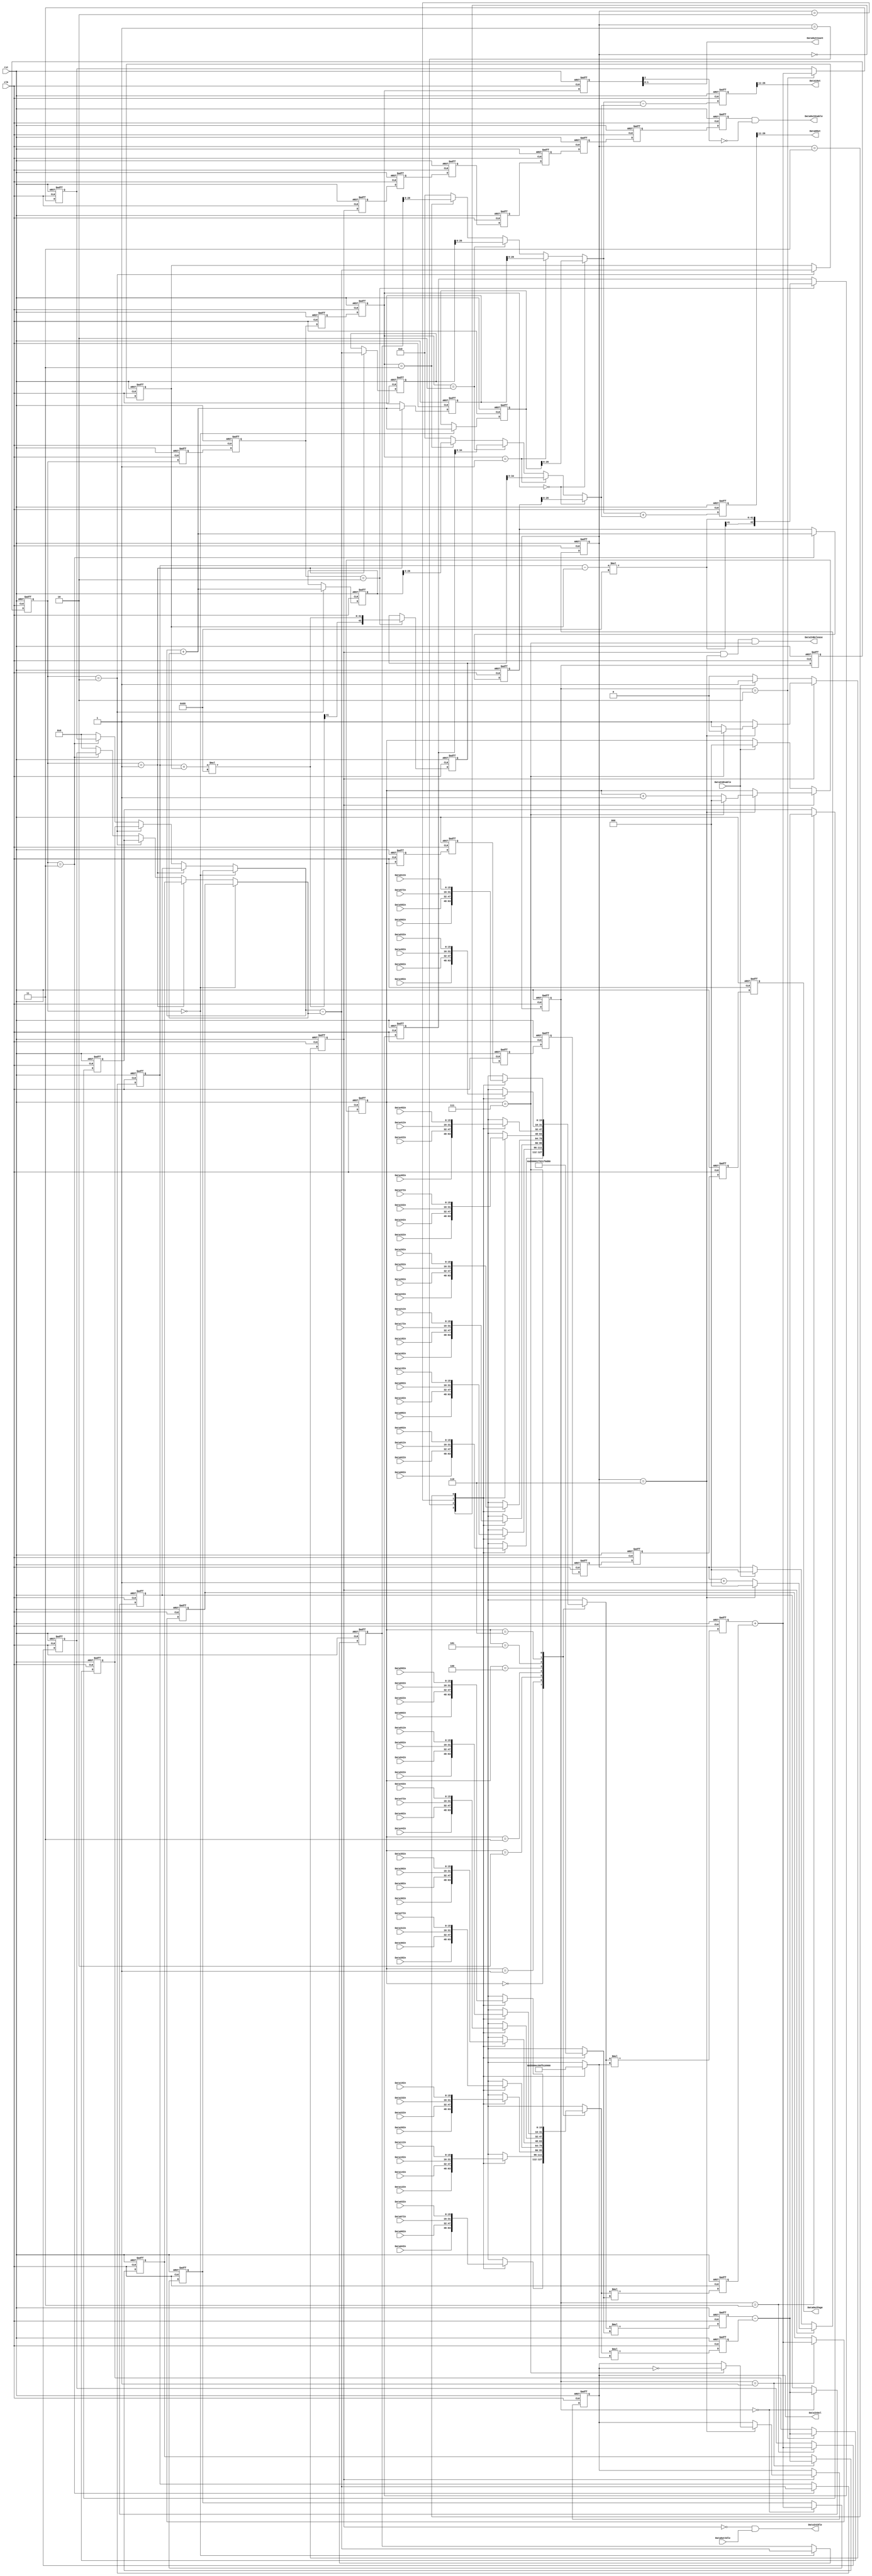
//---------------------------------------------------------------------------
// Module Name : jpeg_idctx
// Description : iDCT-X
// Project     : JPEG Decoder
// Belong to   : 
// HomePage    : http://www.sweetcafe.jp/
// Rev.        : 1.1
//---------------------------------------------------------------------------
// Rev. Date       Description
//---------------------------------------------------------------------------
// 1.01 2006/09/01 1st Release
//---------------------------------------------------------------------------
// $Id: 
//---------------------------------------------------------------------------
`timescale 1ps / 1ps

module jpeg_idctx
  (
   rst,
   clk,

   DataInEnable,
   DataInSel,
   Data00In,
   Data01In,
   Data02In,
   Data03In,
   Data04In,
   Data05In,
   Data06In,
   Data07In,
   Data08In,
   Data09In,
   Data10In,
   Data11In,
   Data12In,
   Data13In,
   Data14In,
   Data15In,
   Data16In,
   Data17In,
   Data18In,
   Data19In,
   Data20In,
   Data21In,
   Data22In,
   Data23In,
   Data24In,
   Data25In,
   Data26In,
   Data27In,
   Data28In,
   Data29In,
   Data30In,
   Data31In,
   Data32In,
   Data33In,
   Data34In,
   Data35In,
   Data36In,
   Data37In,
   Data38In,
   Data39In,
   Data40In,
   Data41In,
   Data42In,
   Data43In,
   Data44In,
   Data45In,
   Data46In,
   Data47In,
   Data48In,
   Data49In,
   Data50In,
   Data51In,
   Data52In,
   Data53In,
   Data54In,
   Data55In,
   Data56In,
   Data57In,
   Data58In,
   Data59In,
   Data60In,
   Data61In,
   Data62In,
   Data63In,
   DataInIdle,
   DataInRelease,

   DataOutIdle,
   DataOutEnable,
   DataOutPage,
   DataOutCount,
   Data0Out,
   Data1Out
   );

   input clk;
   input rst;

   input DataInEnable;
   output DataInSel;
   input [15:0] Data00In;
   input [15:0] Data01In;
   input [15:0] Data02In;
   input [15:0] Data03In;
   input [15:0] Data04In;
   input [15:0] Data05In;
   input [15:0] Data06In;
   input [15:0] Data07In;
   input [15:0] Data08In;
   input [15:0] Data09In;
   input [15:0] Data10In;
   input [15:0] Data11In;
   input [15:0] Data12In;
   input [15:0] Data13In;
   input [15:0] Data14In;
   input [15:0] Data15In;
   input [15:0] Data16In;
   input [15:0] Data17In;
   input [15:0] Data18In;
   input [15:0] Data19In;
   input [15:0] Data20In;
   input [15:0] Data21In;
   input [15:0] Data22In;
   input [15:0] Data23In;
   input [15:0] Data24In;
   input [15:0] Data25In;
   input [15:0] Data26In;
   input [15:0] Data27In;
   input [15:0] Data28In;
   input [15:0] Data29In;
   input [15:0] Data30In;
   input [15:0] Data31In;
   input [15:0] Data32In;
   input [15:0] Data33In;
   input [15:0] Data34In;
   input [15:0] Data35In;
   input [15:0] Data36In;
   input [15:0] Data37In;
   input [15:0] Data38In;
   input [15:0] Data39In;
   input [15:0] Data40In;
   input [15:0] Data41In;
   input [15:0] Data42In;
   input [15:0] Data43In;
   input [15:0] Data44In;
   input [15:0] Data45In;
   input [15:0] Data46In;
   input [15:0] Data47In;
   input [15:0] Data48In;
   input [15:0] Data49In;
   input [15:0] Data50In;
   input [15:0] Data51In;
   input [15:0] Data52In;
   input [15:0] Data53In;
   input [15:0] Data54In;
   input [15:0] Data55In;
   input [15:0] Data56In;
   input [15:0] Data57In;
   input [15:0] Data58In;
   input [15:0] Data59In;
   input [15:0] Data60In;
   input [15:0] Data61In;
   input [15:0] Data62In;
   input [15:0] Data63In;
   output       DataInIdle;
   output       DataInRelease;

   input        DataOutIdle;
   output        DataOutEnable;
   output [2:0]  DataOutPage;
   output [1:0]  DataOutCount;
   output [15:0] Data0Out;
   output [15:0] Data1Out;
   
   //-------------------------------------------------------------------------
   // Phase1
   //-------------------------------------------------------------------------
   reg           Phase1Enable;
   reg [2:0]     Phase1Page;
   reg [2:0]     Phase1Count;
   //reg           Phase1EnableD;
   //reg [2:0]     Phase1PageD;
   //reg [2:0]     Phase1CountD;
   reg           DataInBank;
   
   always @(posedge clk or negedge rst) begin
      if(!rst) begin
         Phase1Enable  <= 1'b0;
         Phase1Page    <= 3'd0;
         Phase1Count   <= 3'd0;
         //Phase1EnableD <= 1'b0;
         //Phase1PageD   <= 3'd0;
         //Phase1CountD  <= 3'd0;
         DataInBank    <= 1'b0;
      end else begin
         if(Phase1Enable == 1'b0) begin
            if(DataInEnable == 1'b1) begin
               Phase1Enable <= 1'b1;
               Phase1Page   <= 3'd0;
               Phase1Count  <= 3'd0;
            end
         end else begin
            if(Phase1Count == 3'd6) begin
               if(Phase1Page == 3'd7) begin
                  Phase1Enable <= 1'b0;
                  Phase1Page   <= 3'd0;
                  DataInBank   <= ~DataInBank;
               end else begin
                  Phase1Page   <= Phase1Page + 3'd1;
               end
               Phase1Count <= 3'd0;
            end else begin
               Phase1Count <= Phase1Count + 3'd1;
            end // else: !if(Phase1Count == 3'd6)
         end // else: !if(Phase1Enable == 1'b0)
         //Phase1EnableD <= Phase1Enable;
         //Phase1PageD   <= Phase1Page;
         //Phase1CountD  <= Phase1Count;
      end // else: !if(!rst)
   end // always @ (posedge clk or negedge rst)

   assign DataInSel  = DataInBank;
   assign DataInIdle = Phase1Enable == 1'b0 & DataOutIdle == 1'b1;
   assign DataInRelease = Phase1Enable == 1'b1 & Phase1Count == 3'd6 & Phase1Page == 3'd7;
   
   wire signed [15:0]    Phase1R0w;
   wire signed [15:0]    Phase1R1w;
   wire signed [15:0]    Phase1C0w;
   wire signed [15:0]    Phase1C1w;
   wire signed [15:0]    Phase1C2w;
   wire signed [15:0]    Phase1C3w;

/*
   always @(*) begin
      case(Phase1Page)
        3'd0:begin
           case(Phase1Count)
             3'd0: begin
                Phase1R0w <= Data00In;
                Phase1R1w <= Data04In;
             end
             3'd1: begin
                Phase1R0w <= Data02In;
                Phase1R1w <= Data06In;
             end
             3'd2: begin
                Phase1R0w <= Data01In;
                Phase1R1w <= Data07In;
             end
             3'd3: begin
                Phase1R0w <= Data05In;
                Phase1R1w <= Data03In;
             end
           endcase // case(Phase1Count)
        end // case: 3'd0
        3'd1:begin
           case(Phase1Count)
             3'd0: begin
                Phase1R0w <= Data08In;
                Phase1R1w <= Data12In;
             end
             3'd1: begin
                Phase1R0w <= Data10In;
                Phase1R1w <= Data14In;
             end
             3'd2: begin
                Phase1R0w <= Data09In;
                Phase1R1w <= Data15In;
             end
             3'd3: begin
                Phase1R0w <= Data13In;
                Phase1R1w <= Data11In;
             end
           endcase // case(Phase1Count)
        end // case: 3'd1
        3'd2:begin
           case(Phase1Count)
             3'd0: begin
                Phase1R0w <= Data16In;
                Phase1R1w <= Data20In;
             end
             3'd1: begin
                Phase1R0w <= Data18In;
                Phase1R1w <= Data22In;
             end
             3'd2: begin
                Phase1R0w <= Data17In;
                Phase1R1w <= Data23In;
             end
             3'd3: begin
                Phase1R0w <= Data21In;
                Phase1R1w <= Data19In;
             end
           endcase // case(Phase1Count)
        end // case: 3'd2
        3'd3:begin
           case(Phase1Count)
             3'd0: begin
                Phase1R0w <= Data24In;
                Phase1R1w <= Data28In;
             end
             3'd1: begin
                Phase1R0w <= Data26In;
                Phase1R1w <= Data30In;
             end
             3'd2: begin
                Phase1R0w <= Data25In;
                Phase1R1w <= Data31In;
             end
             3'd3: begin
                Phase1R0w <= Data29In;
                Phase1R1w <= Data27In;
             end
           endcase // case(Phase1Count)
        end // case: 3'd3
        3'd4:begin
           case(Phase1Count)
             3'd0: begin
                Phase1R0w <= Data32In;
                Phase1R1w <= Data36In;
             end
             3'd1: begin
                Phase1R0w <= Data34In;
                Phase1R1w <= Data38In;
             end
             3'd2: begin
                Phase1R0w <= Data33In;
                Phase1R1w <= Data39In;
             end
             3'd3: begin
                Phase1R0w <= Data37In;
                Phase1R1w <= Data35In;
             end
           endcase // case(Phase1Count)
        end // case: 3'd4
        3'd5:begin
           case(Phase1Count)
             3'd0: begin
                Phase1R0w <= Data40In;
                Phase1R1w <= Data44In;
             end
             3'd1: begin
                Phase1R0w <= Data42In;
                Phase1R1w <= Data46In;
             end
             3'd2: begin
                Phase1R0w <= Data41In;
                Phase1R1w <= Data47In;
             end
             3'd3: begin
                Phase1R0w <= Data45In;
                Phase1R1w <= Data43In;
             end
           endcase // case(Phase1Count)
        end // case: 3'd5
        3'd6:begin
           case(Phase1Count)
             3'd0: begin
                Phase1R0w <= Data48In;
                Phase1R1w <= Data52In;
             end
             3'd1: begin
                Phase1R0w <= Data50In;
                Phase1R1w <= Data54In;
             end
             3'd2: begin
                Phase1R0w <= Data49In;
                Phase1R1w <= Data55In;
             end
             3'd3: begin
                Phase1R0w <= Data53In;
                Phase1R1w <= Data51In;
             end
           endcase // case(Phase1Count)
        end // case: 3'd6
        3'd7:begin
           case(Phase1Count)
             3'd0: begin
                Phase1R0w <= Data56In;
                Phase1R1w <= Data60In;
             end
             3'd1: begin
                Phase1R0w <= Data58In;
                Phase1R1w <= Data62In;
             end
             3'd2: begin
                Phase1R0w <= Data57In;
                Phase1R1w <= Data63In;
             end
             3'd3: begin
                Phase1R0w <= Data61In;
                Phase1R1w <= Data59In;
             end
           endcase // case(Phase1Count)
        end // case: 3'd7
      endcase // case(Phase1Page)
   end // always @ (*)
*/
	function [15:0] Phase1R0wSel;
		input [2:0]	Phase1Page;
		input [2:0]	Phase1Count;
		input [15:0]	Data00In;
		input [15:0]	Data01In;
		input [15:0]	Data02In;
		input [15:0]	Data03In;
		input [15:0]	Data04In;
		input [15:0]	Data05In;
		input [15:0]	Data06In;
		input [15:0]	Data07In;
		input [15:0]	Data08In;
		input [15:0]	Data09In;
		input [15:0]	Data10In;
		input [15:0]	Data11In;
		input [15:0]	Data12In;
		input [15:0]	Data13In;
		input [15:0]	Data14In;
		input [15:0]	Data15In;
		input [15:0]	Data16In;
		input [15:0]	Data17In;
		input [15:0]	Data18In;
		input [15:0]	Data19In;
		input [15:0]	Data20In;
		input [15:0]	Data21In;
		input [15:0]	Data22In;
		input [15:0]	Data23In;
		input [15:0]	Data24In;
		input [15:0]	Data25In;
		input [15:0]	Data26In;
		input [15:0]	Data27In;
		input [15:0]	Data28In;
		input [15:0]	Data29In;
		input [15:0]	Data30In;
		input [15:0]	Data31In;
		input [15:0]	Data32In;
		input [15:0]	Data33In;
		input [15:0]	Data34In;
		input [15:0]	Data35In;
		input [15:0]	Data36In;
		input [15:0]	Data37In;
		input [15:0]	Data38In;
		input [15:0]	Data39In;
		input [15:0]	Data40In;
		input [15:0]	Data41In;
		input [15:0]	Data42In;
		input [15:0]	Data43In;
		input [15:0]	Data44In;
		input [15:0]	Data45In;
		input [15:0]	Data46In;
		input [15:0]	Data47In;
		input [15:0]	Data48In;
		input [15:0]	Data49In;
		input [15:0]	Data50In;
		input [15:0]	Data51In;
		input [15:0]	Data52In;
		input [15:0]	Data53In;
		input [15:0]	Data54In;
		input [15:0]	Data55In;
		input [15:0]	Data56In;
		input [15:0]	Data57In;
		input [15:0]	Data58In;
		input [15:0]	Data59In;
		input [15:0]	Data60In;
		input [15:0]	Data61In;
		input [15:0]	Data62In;
		input [15:0]	Data63In;
	begin
      case(Phase1Page)
        3'd0:begin
           case(Phase1Count)
             3'd0: begin
                Phase1R0wSel = Data00In;
             end
             3'd1: begin
                Phase1R0wSel = Data02In;
             end
             3'd2: begin
                Phase1R0wSel = Data01In;
             end
             3'd3: begin
                Phase1R0wSel = Data05In;
             end
           endcase // case(Phase1Count)
        end // case: 3'd0
        3'd1:begin
           case(Phase1Count)
             3'd0: begin
                Phase1R0wSel = Data08In;
             end
             3'd1: begin
                Phase1R0wSel = Data10In;
             end
             3'd2: begin
                Phase1R0wSel = Data09In;
             end
             3'd3: begin
                Phase1R0wSel = Data13In;
             end
           endcase // case(Phase1Count)
        end // case: 3'd1
        3'd2:begin
           case(Phase1Count)
             3'd0: begin
                Phase1R0wSel = Data16In;
             end
             3'd1: begin
                Phase1R0wSel = Data18In;
             end
             3'd2: begin
                Phase1R0wSel = Data17In;
             end
             3'd3: begin
                Phase1R0wSel = Data21In;
             end
           endcase // case(Phase1Count)
        end // case: 3'd2
        3'd3:begin
           case(Phase1Count)
             3'd0: begin
                Phase1R0wSel = Data24In;
             end
             3'd1: begin
                Phase1R0wSel = Data26In;
             end
             3'd2: begin
                Phase1R0wSel = Data25In;
             end
             3'd3: begin
                Phase1R0wSel = Data29In;
             end
           endcase // case(Phase1Count)
        end // case: 3'd3
        3'd4:begin
           case(Phase1Count)
             3'd0: begin
                Phase1R0wSel = Data32In;
             end
             3'd1: begin
                Phase1R0wSel = Data34In;
             end
             3'd2: begin
                Phase1R0wSel = Data33In;
             end
             3'd3: begin
                Phase1R0wSel = Data37In;
             end
           endcase // case(Phase1Count)
        end // case: 3'd4
        3'd5:begin
           case(Phase1Count)
             3'd0: begin
                Phase1R0wSel = Data40In;
             end
             3'd1: begin
                Phase1R0wSel = Data42In;
             end
             3'd2: begin
                Phase1R0wSel = Data41In;
             end
             3'd3: begin
                Phase1R0wSel = Data45In;
             end
           endcase // case(Phase1Count)
        end // case: 3'd5
        3'd6:begin
           case(Phase1Count)
             3'd0: begin
                Phase1R0wSel = Data48In;
             end
             3'd1: begin
                Phase1R0wSel = Data50In;
             end
             3'd2: begin
                Phase1R0wSel = Data49In;
             end
             3'd3: begin
                Phase1R0wSel = Data53In;
             end
           endcase // case(Phase1Count)
        end // case: 3'd6
        3'd7:begin
           case(Phase1Count)
             3'd0: begin
                Phase1R0wSel = Data56In;
             end
             3'd1: begin
                Phase1R0wSel = Data58In;
             end
             3'd2: begin
                Phase1R0wSel = Data57In;
             end
             3'd3: begin
                Phase1R0wSel = Data61In;
             end
           endcase // case(Phase1Count)
        end // case: 3'd7
      endcase // case(Phase1Page)
	end
	endfunction
	function [15:0] Phase1R1wSel;
		input [2:0]	Phase1Page;
		input [2:0]	Phase1Count;
		input [15:0]	Data00In;
		input [15:0]	Data01In;
		input [15:0]	Data02In;
		input [15:0]	Data03In;
		input [15:0]	Data04In;
		input [15:0]	Data05In;
		input [15:0]	Data06In;
		input [15:0]	Data07In;
		input [15:0]	Data08In;
		input [15:0]	Data09In;
		input [15:0]	Data10In;
		input [15:0]	Data11In;
		input [15:0]	Data12In;
		input [15:0]	Data13In;
		input [15:0]	Data14In;
		input [15:0]	Data15In;
		input [15:0]	Data16In;
		input [15:0]	Data17In;
		input [15:0]	Data18In;
		input [15:0]	Data19In;
		input [15:0]	Data20In;
		input [15:0]	Data21In;
		input [15:0]	Data22In;
		input [15:0]	Data23In;
		input [15:0]	Data24In;
		input [15:0]	Data25In;
		input [15:0]	Data26In;
		input [15:0]	Data27In;
		input [15:0]	Data28In;
		input [15:0]	Data29In;
		input [15:0]	Data30In;
		input [15:0]	Data31In;
		input [15:0]	Data32In;
		input [15:0]	Data33In;
		input [15:0]	Data34In;
		input [15:0]	Data35In;
		input [15:0]	Data36In;
		input [15:0]	Data37In;
		input [15:0]	Data38In;
		input [15:0]	Data39In;
		input [15:0]	Data40In;
		input [15:0]	Data41In;
		input [15:0]	Data42In;
		input [15:0]	Data43In;
		input [15:0]	Data44In;
		input [15:0]	Data45In;
		input [15:0]	Data46In;
		input [15:0]	Data47In;
		input [15:0]	Data48In;
		input [15:0]	Data49In;
		input [15:0]	Data50In;
		input [15:0]	Data51In;
		input [15:0]	Data52In;
		input [15:0]	Data53In;
		input [15:0]	Data54In;
		input [15:0]	Data55In;
		input [15:0]	Data56In;
		input [15:0]	Data57In;
		input [15:0]	Data58In;
		input [15:0]	Data59In;
		input [15:0]	Data60In;
		input [15:0]	Data61In;
		input [15:0]	Data62In;
		input [15:0]	Data63In;
	begin
      case(Phase1Page)
        3'd0:begin
           case(Phase1Count)
             3'd0: begin
                Phase1R1wSel = Data04In;
             end
             3'd1: begin
                Phase1R1wSel = Data06In;
             end
             3'd2: begin
                Phase1R1wSel = Data07In;
             end
             3'd3: begin
                Phase1R1wSel = Data03In;
             end
           endcase // case(Phase1Count)
        end // case: 3'd0
        3'd1:begin
           case(Phase1Count)
             3'd0: begin
                Phase1R1wSel = Data12In;
             end
             3'd1: begin
                Phase1R1wSel = Data14In;
             end
             3'd2: begin
                Phase1R1wSel = Data15In;
             end
             3'd3: begin
                Phase1R1wSel = Data11In;
             end
           endcase // case(Phase1Count)
        end // case: 3'd1
        3'd2:begin
           case(Phase1Count)
             3'd0: begin
                Phase1R1wSel = Data20In;
             end
             3'd1: begin
                Phase1R1wSel = Data22In;
             end
             3'd2: begin
                Phase1R1wSel = Data23In;
             end
             3'd3: begin
                Phase1R1wSel = Data19In;
             end
           endcase // case(Phase1Count)
        end // case: 3'd2
        3'd3:begin
           case(Phase1Count)
             3'd0: begin
                Phase1R1wSel = Data28In;
             end
             3'd1: begin
                Phase1R1wSel = Data30In;
             end
             3'd2: begin
                Phase1R1wSel = Data31In;
             end
             3'd3: begin
                Phase1R1wSel = Data27In;
             end
           endcase // case(Phase1Count)
        end // case: 3'd3
        3'd4:begin
           case(Phase1Count)
             3'd0: begin
                Phase1R1wSel = Data36In;
             end
             3'd1: begin
                Phase1R1wSel = Data38In;
             end
             3'd2: begin
                Phase1R1wSel = Data39In;
             end
             3'd3: begin
                Phase1R1wSel = Data35In;
             end
           endcase // case(Phase1Count)
        end // case: 3'd4
        3'd5:begin
           case(Phase1Count)
             3'd0: begin
                Phase1R1wSel = Data44In;
             end
             3'd1: begin
                Phase1R1wSel = Data46In;
             end
             3'd2: begin
                Phase1R1wSel = Data47In;
             end
             3'd3: begin
                Phase1R1wSel = Data43In;
             end
           endcase // case(Phase1Count)
        end // case: 3'd5
        3'd6:begin
           case(Phase1Count)
             3'd0: begin
                Phase1R1wSel = Data52In;
             end
             3'd1: begin
                Phase1R1wSel = Data54In;
             end
             3'd2: begin
                Phase1R1wSel = Data55In;
             end
             3'd3: begin
                Phase1R1wSel = Data51In;
             end
           endcase // case(Phase1Count)
        end // case: 3'd6
        3'd7:begin
           case(Phase1Count)
             3'd0: begin
                Phase1R1wSel = Data60In;
             end
             3'd1: begin
                Phase1R1wSel = Data62In;
             end
             3'd2: begin
                Phase1R1wSel = Data63In;
             end
             3'd3: begin
                Phase1R1wSel = Data59In;
             end
           endcase // case(Phase1Count)
        end // case: 3'd7
      endcase // case(Phase1Page)
	end
	endfunction

	assign Phase1R0w = Phase1R0wSel(Phase1Page, Phase1Count,
									Data00In, Data01In, Data02In, Data03In, Data04In, Data05In, Data06In, Data07In, Data08In, Data09In,
									Data10In, Data11In, Data12In, Data13In, Data14In, Data15In, Data16In, Data17In, Data18In, Data19In,
									Data20In, Data21In, Data22In, Data23In, Data24In, Data25In, Data26In, Data27In, Data28In, Data29In,
									Data30In, Data31In, Data32In, Data33In, Data34In, Data35In, Data36In, Data37In, Data38In, Data39In,
									Data40In, Data41In, Data42In, Data43In, Data44In, Data45In, Data46In, Data47In, Data48In, Data49In,
									Data50In, Data51In, Data52In, Data53In, Data54In, Data55In, Data56In, Data57In, Data58In, Data59In,
									Data60In, Data61In, Data62In, Data63In
									);
	assign Phase1R1w = Phase1R1wSel(Phase1Page, Phase1Count,
									Data00In, Data01In, Data02In, Data03In, Data04In, Data05In, Data06In, Data07In, Data08In, Data09In,
									Data10In, Data11In, Data12In, Data13In, Data14In, Data15In, Data16In, Data17In, Data18In, Data19In,
									Data20In, Data21In, Data22In, Data23In, Data24In, Data25In, Data26In, Data27In, Data28In, Data29In,
									Data30In, Data31In, Data32In, Data33In, Data34In, Data35In, Data36In, Data37In, Data38In, Data39In,
									Data40In, Data41In, Data42In, Data43In, Data44In, Data45In, Data46In, Data47In, Data48In, Data49In,
									Data50In, Data51In, Data52In, Data53In, Data54In, Data55In, Data56In, Data57In, Data58In, Data59In,
									Data60In, Data61In, Data62In, Data63In
									);
/*
   always @(*) begin
      case(Phase1Count)
        3'd0: begin
           Phase1C0w <= 16'd2896; // C4_16
           Phase1C1w <= 16'd2896; // C4_16
           Phase1C2w <= 16'd2896; // C4_16
           Phase1C3w <= 16'd2896; // C4_16
        end
        3'd1: begin
           Phase1C0w <= 16'd3784; // C2_16
           Phase1C1w <= 16'd1567; // C6_16
           Phase1C2w <= 16'd1567; // C6_16
           Phase1C3w <= 16'd3784; // C2_16
        end
        3'd2: begin
           Phase1C0w <= 16'd4017; // C1_16
           Phase1C1w <= 16'd799;  // C7_16
           Phase1C2w <= 16'd799;  // C7_16
           Phase1C3w <= 16'd4017; // C1_16
        end
        3'd3: begin
           Phase1C0w <= 16'd2276; // C5_16
           Phase1C1w <= 16'd3406; // C3_16
           Phase1C2w <= 16'd3406; // C3_16
           Phase1C3w <= 16'd2276; // C5_16
        end
      endcase // case(Phase1Count)
   end // always @ (*)
*/
	function [15:0] Phase1C0wSel;
		input [2:0]	Phase1Count;
	begin
      case(Phase1Count)
        3'd0: begin
           Phase1C0wSel = 16'd2896; // C4_16
        end
        3'd1: begin
           Phase1C0wSel = 16'd3784; // C2_16
        end
        3'd2: begin
           Phase1C0wSel = 16'd4017; // C1_16
        end
        3'd3: begin
           Phase1C0wSel = 16'd2276; // C5_16
        end
      endcase // case(Phase1Count)
	end
	endfunction

	function [15:0] Phase1C1wSel;
		input [2:0]	Phase1Count;
	begin
      case(Phase1Count)
        3'd0: begin
           Phase1C1wSel = 16'd2896; // C4_16
        end
        3'd1: begin
           Phase1C1wSel = 16'd1567; // C6_16
        end
        3'd2: begin
           Phase1C1wSel = 16'd799;  // C7_16
        end
        3'd3: begin
           Phase1C1wSel = 16'd3406; // C3_16
        end
      endcase // case(Phase1Count)
	end
	endfunction

	function [15:0] Phase1C2wSel;
		input [2:0]	Phase1Count;
	begin
      case(Phase1Count)
        3'd0: begin
           Phase1C2wSel = 16'd2896; // C4_16
        end
        3'd1: begin
           Phase1C2wSel = 16'd1567; // C6_16
        end
        3'd2: begin
           Phase1C2wSel = 16'd799;  // C7_16
        end
        3'd3: begin
           Phase1C2wSel = 16'd3406; // C3_16
        end
      endcase // case(Phase1Count)
	end
	endfunction

	function [15:0] Phase1C3wSel;
		input [2:0]	Phase1Count;
	begin
      case(Phase1Count)
        3'd0: begin
           Phase1C3wSel = 16'd2896; // C4_16
        end
        3'd1: begin
           Phase1C3wSel = 16'd3784; // C2_16
        end
        3'd2: begin
           Phase1C3wSel = 16'd4017; // C1_16
        end
        3'd3: begin
           Phase1C3wSel = 16'd2276; // C5_16
        end
      endcase // case(Phase1Count)
	end
	endfunction

	assign Phase1C0w = Phase1C0wSel(Phase1Count);
	assign Phase1C1w = Phase1C1wSel(Phase1Count);
	assign Phase1C2w = Phase1C2wSel(Phase1Count);
	assign Phase1C3w = Phase1C3wSel(Phase1Count);

   reg signed [31:0] Phase1R0r;
   reg signed [31:0] Phase1R1r;
   reg signed [31:0] Phase1R2r;
   reg signed [31:0] Phase1R3r;
   
   always @(posedge clk or negedge rst) begin
      if(!rst) begin
         Phase1R0r <= 0;
         Phase1R1r <= 0;
         Phase1R2r <= 0;
         Phase1R3r <= 0;
      end else begin
         Phase1R0r <= Phase1R0w * Phase1C0w;
         Phase1R1r <= Phase1R1w * Phase1C1w;
         Phase1R2r <= Phase1R0w * Phase1C2w;
         Phase1R3r <= Phase1R1w * Phase1C3w;
      end // else: !if(!rst)
   end // always @ (posedge clk or negedge rst)

   //-------------------------------------------------------------------------
   // Phase2
   //  R0: s0,s3,s7,s6
   //  R1: s1,s2,s4,s5
   //-------------------------------------------------------------------------
   reg           Phase2Enable;
   reg signed [2:0]     Phase2Page;
   reg signed [2:0]     Phase2Count;
   reg           Phase2EnableD;
   reg signed [2:0]     Phase2PageD;
   reg signed [2:0]     Phase2CountD;
   
   always @(posedge clk or negedge rst) begin
      if(!rst) begin
         Phase2Enable  <= 1'b0;
         Phase2Page    <= 3'd0;
         Phase2Count   <= 3'd0;
         Phase2EnableD <= 1'b0;
         Phase2PageD   <= 3'd0;
         Phase2CountD  <= 3'd0;
      end else begin
         Phase2Enable  <= Phase1Enable;
         Phase2Page    <= Phase1Page;
         Phase2Count   <= Phase1Count;
         Phase2EnableD <= Phase2Enable;
         Phase2PageD   <= Phase2Page;
         Phase2CountD  <= Phase2Count;
      end // else: !if(!rst)
   end // always @ (posedge clk or negedge rst)

   wire signed [31:0] Phase2A0w;
   wire signed [31:0] Phase2A1w;
/*   
   always @(*) begin
      Phase2A0w <= Phase1R0r + Phase1R1r;
      Phase2A1w <= Phase1R2r - Phase1R3r;
   end
*/
	assign Phase2A0w = Phase1R0r + Phase1R1r;
	assign Phase2A1w = Phase1R2r - Phase1R3r;
      
   reg signed [31:0] Phase2Reg [0:7];
   
   always @(posedge clk or negedge rst) begin
      if(!rst) begin
         Phase2Reg[0] <= 0;
         Phase2Reg[1] <= 0;
         Phase2Reg[2] <= 0;
         Phase2Reg[3] <= 0;
         Phase2Reg[4] <= 0;
         Phase2Reg[5] <= 0;
         Phase2Reg[6] <= 0;
         Phase2Reg[7] <= 0;
      end else begin
         case(Phase2Count)
           3'd0: begin
              Phase2Reg[0] <= Phase2A0w;
              Phase2Reg[1] <= Phase2A1w;
           end
           3'd1: begin
              Phase2Reg[3] <= Phase2A0w;
              Phase2Reg[2] <= Phase2A1w;
           end
           3'd2: begin
              Phase2Reg[7] <= Phase2A0w;
              Phase2Reg[4] <= Phase2A1w;
           end
           3'd3: begin
              Phase2Reg[6] <= Phase2A0w;
              Phase2Reg[5] <= Phase2A1w;
           end
         endcase // case(Phase2Count)
      end // else: !if(!rst)
   end // always @ (posedge clk or negedge rst)
   
   //-------------------------------------------------------------------------
   // Phase3
   //  R0: t0,t1,t4,t7
   //  R1: t3,t2,t5,t6
   //-------------------------------------------------------------------------
   reg           Phase3Enable;
   reg [2:0]     Phase3Page;
   reg [2:0]     Phase3Count;
   reg           Phase3EnableD;
   reg [2:0]     Phase3PageD;
   reg [2:0]     Phase3CountD;
   
   always @(posedge clk or negedge rst) begin
      if(!rst) begin
         Phase3Enable  <= 1'b0;
         Phase3Page    <= 3'd0;
         Phase3Count   <= 3'd0;
         Phase3EnableD <= 1'b0;
         Phase3PageD   <= 3'd0;
         Phase3CountD  <= 3'd0;
      end else begin
         Phase3Enable  <= Phase2EnableD;
         Phase3Page    <= Phase2PageD;
         Phase3Count   <= Phase2CountD;
         Phase3EnableD <= Phase3Enable;
         Phase3PageD   <= Phase3Page;
         Phase3CountD  <= Phase3Count;
      end // else: !if(!rst)
   end // always @ (posedge clk or negedge rst)

   //reg signed [31:0] Phase3R0w;
   //reg signed [31:0] Phase3R1w;
   wire signed [31:0] Phase3R0w;
   wire signed [31:0] Phase3R1w;
   
   assign Phase3R0w = (Phase3Count == 3'd0)?Phase2Reg[0]:
                      (Phase3Count == 3'd1)?Phase2Reg[1]:
                      (Phase3Count == 3'd2)?Phase2Reg[4]:
                      (Phase3Count == 3'd3)?Phase2Reg[7]:
                      32'd0;
   assign Phase3R1w = (Phase3Count == 3'd0)?Phase2Reg[3]:
                      (Phase3Count == 3'd1)?Phase2Reg[2]:
                      (Phase3Count == 3'd2)?Phase2Reg[5]:
                      (Phase3Count == 3'd3)?Phase2Reg[6]:
                      32'd0;
   
   
   
   wire signed [31:0] Phase3A0w;
   wire signed [31:0] Phase3A1w;
/*
   always @(*) begin
      Phase3A0w <= Phase3R0w + Phase3R1w;
      Phase3A1w <= Phase3R0w - Phase3R1w;
   end
*/      
	assign Phase3A0w = Phase3R0w + Phase3R1w;
	assign Phase3A1w = Phase3R0w - Phase3R1w;

   reg signed [31:0] Phase3Reg [0:7];
   
   always @(posedge clk or negedge rst) begin
      if(!rst) begin
         Phase3Reg[0] <= 0;
         Phase3Reg[1] <= 0;
         Phase3Reg[2] <= 0;
         Phase3Reg[3] <= 0;
         Phase3Reg[4] <= 0;
         Phase3Reg[5] <= 0;
         Phase3Reg[6] <= 0;
         Phase3Reg[7] <= 0;
      end else begin
         case(Phase3Count)
           3'd0: begin
              Phase3Reg[0] <= Phase3A0w;
              Phase3Reg[3] <= Phase3A1w;
           end
           3'd1: begin
              Phase3Reg[1] <= Phase3A0w;
              Phase3Reg[2] <= Phase3A1w;
           end
           3'd2: begin
              Phase3Reg[4] <= Phase3A0w;
              Phase3Reg[5] <= Phase3A1w;
           end
           3'd3: begin
              Phase3Reg[7] <= Phase3A0w;
              Phase3Reg[6] <= Phase3A1w;
           end
         endcase // case(Phase3Count)
      end // else: !if(!rst)
   end // always @ (posedge clk or negedge rst)
   
   //-------------------------------------------------------------------------
   // Phase4
   //  R0: s6
   //  R1: s5
   //-------------------------------------------------------------------------
   reg           Phase4Enable;
   reg [2:0]     Phase4Page;
   reg [2:0]     Phase4Count;
   reg           Phase4EnableD;
   reg [2:0]     Phase4PageD;
   reg [2:0]     Phase4CountD;
   
   always @(posedge clk or negedge rst) begin
      if(!rst) begin
         Phase4Enable  <= 1'b0;
         Phase4Page    <= 3'd0;
         Phase4Count   <= 3'd0;
         Phase4EnableD <= 1'b0;
         Phase4PageD   <= 3'd0;
         Phase4CountD  <= 3'd0;
      end else begin
         Phase4Enable  <= Phase3EnableD;
         Phase4Page    <= Phase3PageD;
         Phase4Count   <= Phase3CountD;
         Phase4EnableD <= Phase4Enable;
         Phase4PageD   <= Phase4Page;
         Phase4CountD  <= Phase4Count;
      end // else: !if(!rst)
   end // always @ (posedge clk or negedge rst)

   reg signed [42:0] Phase4R0r;
   reg signed [42:0] Phase4R1r;

   wire signed [8:0] C_181;
   assign            C_181 = 9'h0B5;
   
   always @(posedge clk or negedge rst) begin
      if(!rst) begin
         Phase4R0r <= 0;
         Phase4R1r <= 0;
      end else begin
         case(Phase4Count)
           3'd2: begin
              Phase4R0r <= (Phase3Reg[6] + Phase3Reg[5]) * C_181;
              Phase4R1r <= (Phase3Reg[6] - Phase3Reg[5]) * C_181;
           end
         endcase // case(Phase4Count)
      end // else: !if(!rst)
   end // always @ (posedge clk or negedge rst)
   
   //-------------------------------------------------------------------------
   // Phase5
   //  R0: B0,B1,B2,B3
   //  R1: B7,B6,B5,B4
   //-------------------------------------------------------------------------
   reg           Phase5Enable;
   reg [2:0]     Phase5Page;
   reg [2:0]     Phase5Count;
   reg           Phase5EnableD;
   reg [2:0]     Phase5PageD;
   reg [2:0]     Phase5CountD;
   
   always @(posedge clk or negedge rst) begin
      if(!rst) begin
         Phase5Enable  <= 1'b0;
         Phase5Page    <= 3'd0;
         Phase5Count   <= 3'd0;
         Phase5EnableD <= 1'b0;
         Phase5PageD   <= 3'd0;
         Phase5CountD  <= 3'd0;
      end else begin
         Phase5Enable  <= Phase4EnableD;
         Phase5Page    <= Phase4PageD;
         Phase5Count   <= Phase4CountD;
         Phase5EnableD <= Phase5Enable;
         Phase5PageD   <= Phase5Page;
         Phase5CountD  <= Phase5Count;
      end // else: !if(!rst)
   end // always @ (posedge clk or negedge rst)

   wire signed [31:0] Phase5R0w;
   wire signed [31:0] Phase5R1w;
   assign Phase5R0w = (Phase5Count == 3'd0)?Phase3Reg[0]:
                      (Phase5Count == 3'd1)?Phase3Reg[1]:
                      (Phase5Count == 3'd2)?Phase3Reg[2]:
                      (Phase5Count == 3'd3)?Phase3Reg[3]:
                      32'd0;
   assign Phase5R1w = (Phase5Count == 3'd0)?Phase3Reg[7]:
                      (Phase5Count == 3'd1)?Phase4R0r >> 8:
                      (Phase5Count == 3'd2)?Phase4R1r >> 8:
                      (Phase5Count == 3'd3)?Phase3Reg[4]:
                      32'd0; 
  
   
   reg signed [31:0] Phase5R0r;
   reg signed [31:0] Phase5R1r;

   always @(posedge clk or negedge rst) begin
      if(!rst) begin
         Phase5R0r <= 0;
         Phase5R1r <= 0;
      end else begin
         Phase5R0r <= Phase5R0w + Phase5R1w;
         Phase5R1r <= Phase5R0w - Phase5R1w;
      end
   end

   assign DataOutEnable = Phase5EnableD == 1'b1 & Phase5CountD[2] == 1'b0;
   assign DataOutPage   = Phase5PageD;
   assign DataOutCount  = Phase5CountD[1:0];
   
   assign Data0Out = Phase5R0r[26:11];
   assign Data1Out = Phase5R1r[26:11];
   
endmodule // jpeg_idctx